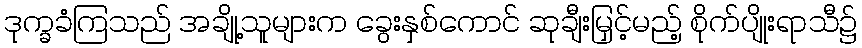
ဒုက္ခခံကြသည် အချို့သူများက ခွေးနှစ်ကောင် ဆုချီးမြှင့်မည့် စိုက်ပျိုးရာသီ၌